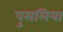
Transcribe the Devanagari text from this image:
पुसलिया